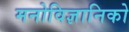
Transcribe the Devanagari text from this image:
मनोविज्ञानिको